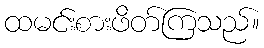
ထမင်းစားဖိတ်ကြသည်။